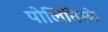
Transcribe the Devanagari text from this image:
पोलितिस्के